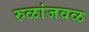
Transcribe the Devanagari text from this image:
रुळांजवळ